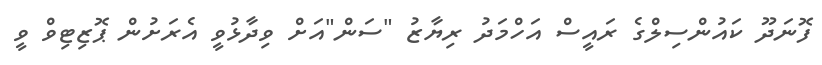
ފޮނަދޫ ކައުންސިލްގެ ރައީސް އަހްމަދު ރިޔާޒު "ސަން"އަށް ވިދާޅުވީ އެރަށުން ޕޮޒިޓިވް ވީ